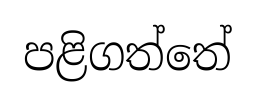
පළිගත්තේ